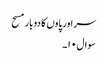
سر اور پاوں کا دوبار مسح
سوال۱۰۔